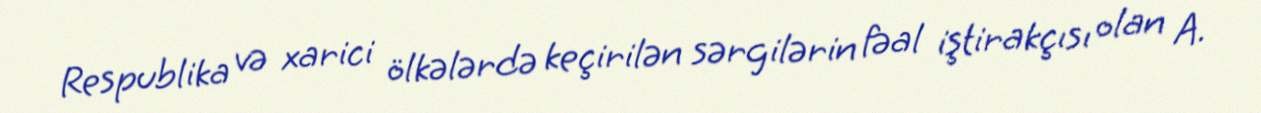
Respublika və xarici ölkələrdə keçirilən sərgilərin fəal iştirakçısı olan A.